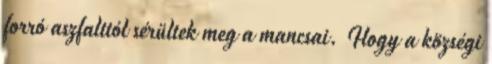
forró aszfalttól sérültek meg a mancsai. Hogy a községi